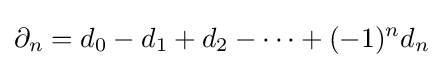
\partial _{n}=d_{0}-d_{1}+d_{2}-\cdots +(-1)^{n}d_{n}